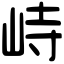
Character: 峙